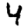
Digit: 4